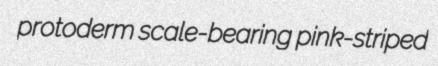
protoderm scale-bearing pink-striped